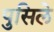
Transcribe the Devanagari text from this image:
पुसिले